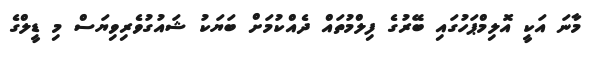
މާނަ އަކީ އޮލިމްޕަހުގައި ބޭރުގެ ފިލްމުތައް ދެއްކުމަށް ބަޔަކު ޝައުގުވެރިވިޔަސް މި ޑީލްގެ